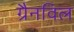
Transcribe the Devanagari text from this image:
ग्रैनविल